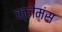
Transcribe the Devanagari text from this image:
क्लेमंस